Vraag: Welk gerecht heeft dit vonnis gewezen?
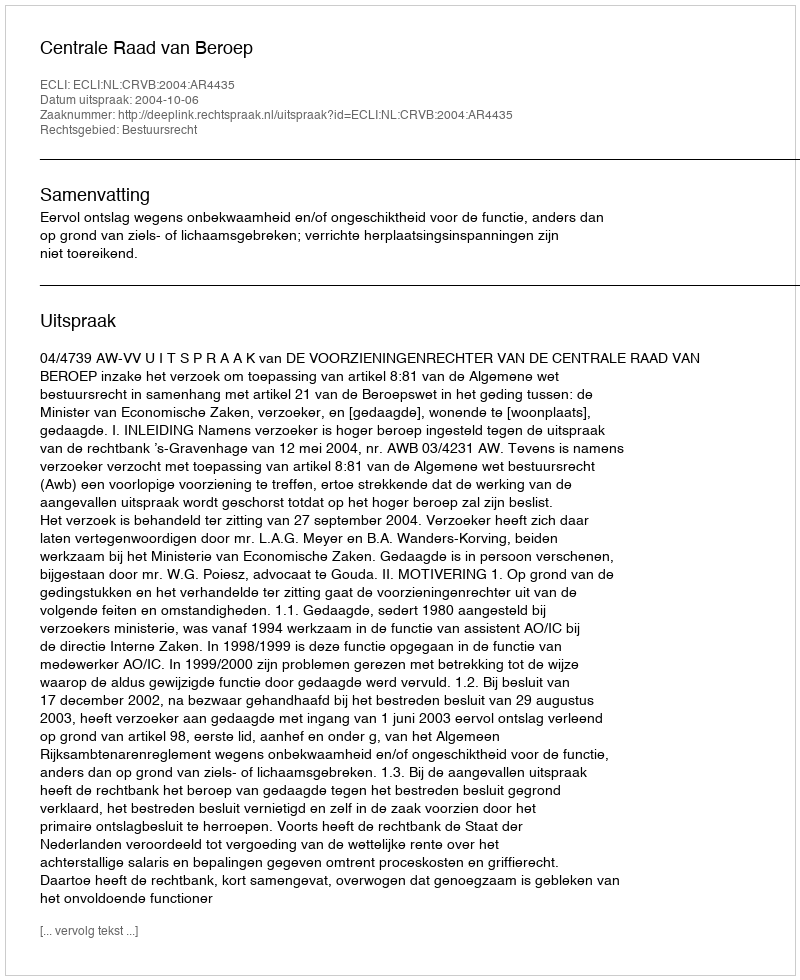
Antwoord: Centrale Raad van Beroep